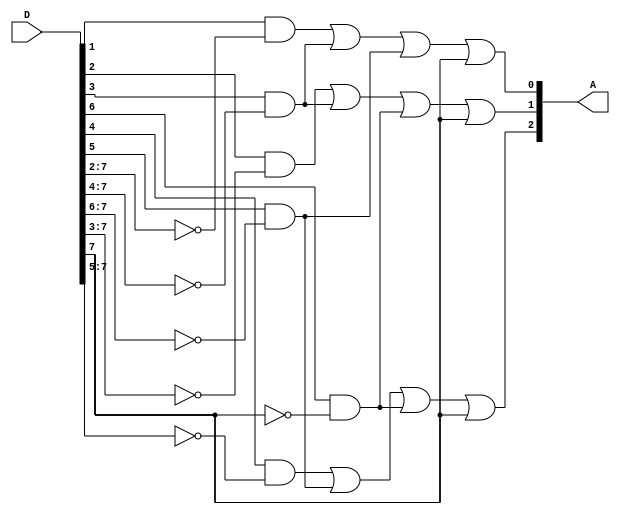
module priorityEncoder(D, A);
input [7:0] D;
output [2:0] A;

assign A[0] = (D[1] && !D[7:2]) | (D[3] && !D[7:4]) | (D[5] && !D[7:6]) | (D[7]);
assign A[1] = (D[2] && !D[7:3]) | (D[3] && !D[7:4]) | (D[6] && !D[7]) | (D[7]);
assign A[2] = (D[4] && !D[7:5]) | (D[5] && !D[7:6]) | (D[6] && !D[7]) | (D[7]);

endmodule